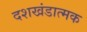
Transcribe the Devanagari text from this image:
दशखंडात्मक